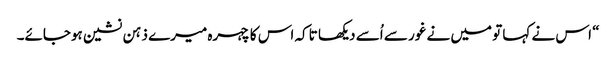
“ اس نے کہا تو میں نے غور سے اُسے دیکھا تاکہ اس کا چہرہ میرے ذہن نشین ہوجائے۔